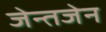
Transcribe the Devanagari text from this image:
जेन्तजेन